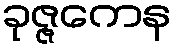
ခုဇ္ဇကေန